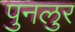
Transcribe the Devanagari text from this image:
पुनलुर